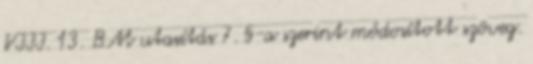
VIII. 13. BM utasítás 7. §-a szerint módosított szöveg.